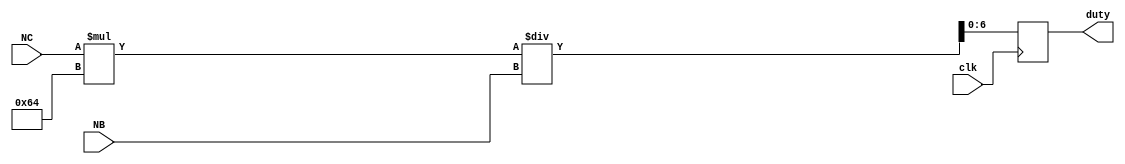
/******************************************************************************************
Author:  
E-mail 1390000666@qq.com
Device:  DSE-EP2C5
Tool:    Quartus 9.0
Function:
Version: 2022-4-7 v1.0
********************************************************************************************/
module space(clk,NB,NC,duty);
input clk;
input [30:0] NB;
input [30:0] NC;
output reg [6:0] duty;

always @(negedge clk)
    begin
        duty[6:0] <= (NC*100)/NB;
    end

endmodule